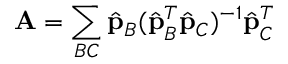
\mathbf { A } = \sum _ { B C } \hat { \mathbf { p } } _ { B } ( \hat { \mathbf { p } } _ { B } ^ { T } \hat { \mathbf { p } } _ { C } ) ^ { - 1 } \hat { \mathbf { p } } _ { C } ^ { T }